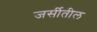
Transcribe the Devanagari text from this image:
जर्सीतील